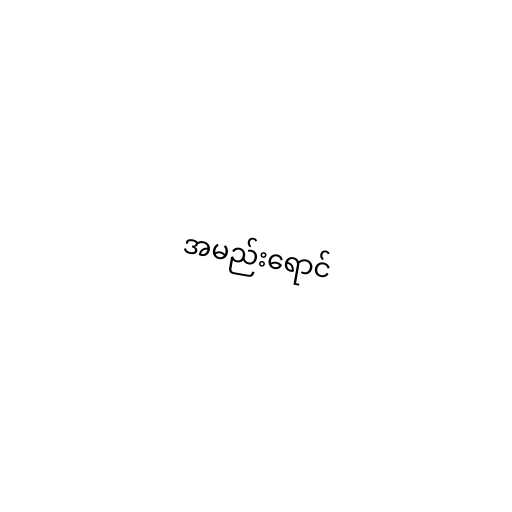
အမည်းရောင်